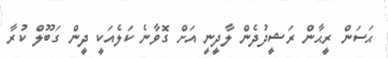
ޙަސަން ރީޙާން ރަޝީދުދެން ލާދީނީ އަށް ގޮވާނެ ކަލެއަކީ ދީން ގަބޫލް ކުރާ